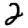
Digit: 2